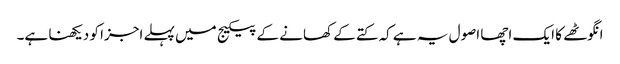
انگوٹھے کا ایک اچھا اصول یہ ہے کہ کتے کے کھانے کے پیکیج میں پہلے اجزا کو دیکھنا ہے۔